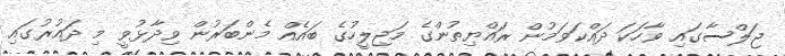
ޖަލްސާގައި ވާހަކަ ދައްކަވަމުން ރައްޔިތުންގެ މަޖިލީހުގެ ބައެއް މެންބަރުން ވިދާޅުވީ މި ދައުރުގައި